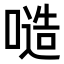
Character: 𠻛